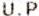
U.P